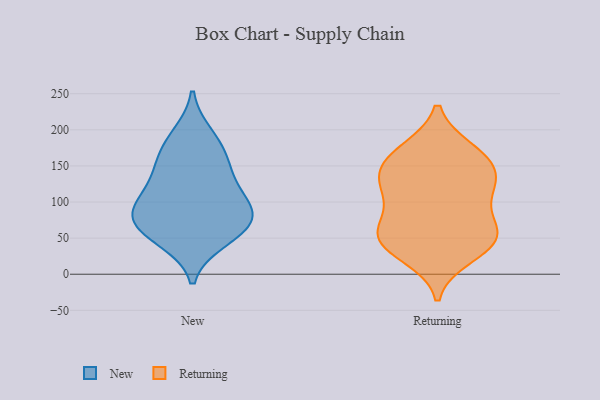
{"axis": {"x": "Customer Acquisition Cost (USD)", "y": "Value"}, "legend": ["New", "Returning"], "data": [{"x": "", "y": 72, "type": "New"}, {"x": "", "y": 56, "type": "New"}, {"x": "", "y": 79, "type": "New"}, {"x": "", "y": 151, "type": "New"}, {"x": "", "y": 104, "type": "New"}, {"x": "", "y": 74, "type": "New"}, {"x": "", "y": 143, "type": "New"}, {"x": "", "y": 48, "type": "New"}, {"x": "", "y": 114, "type": "New"}, {"x": "", "y": 192, "type": "New"}, {"x": "", "y": 175, "type": "New"}, {"x": "", "y": 90, "type": "New"}, {"x": "", "y": 142, "type": "Returning"}, {"x": "", "y": 105, "type": "Returning"}, {"x": "", "y": 42, "type": "Returning"}, {"x": "", "y": 26, "type": "Returning"}, {"x": "", "y": 50, "type": "Returning"}, {"x": "", "y": 171, "type": "Returning"}, {"x": "", "y": 57, "type": "Returning"}, {"x": "", "y": 121, "type": "Returning"}, {"x": "", "y": 51, "type": "Returning"}, {"x": "", "y": 125, "type": "Returning"}, {"x": "", "y": 165, "type": "Returning"}, {"x": "", "y": 164, "type": "Returning"}, {"x": "", "y": 51, "type": "Returning"}, {"x": "", "y": 134, "type": "Returning"}, {"x": "", "y": 81, "type": "Returning"}]}